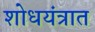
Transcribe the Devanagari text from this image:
शोधयंत्रात